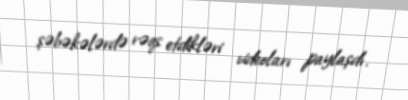
şəbəkələrdə rəqs etdikləri videoları paylaşdı.